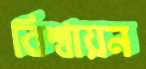
বিশ্বায়ন